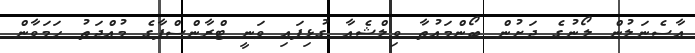
އާސެނަލުން ލޯނުގެ ދަށުން ބޯންމައުތާ ވިލްޝެއާ ގުޅިފައި ވަނީ ޓްރާންސްފާގެ މުއްދަތު ހަމަވާން